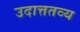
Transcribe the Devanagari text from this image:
उदात्ततव्य